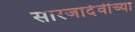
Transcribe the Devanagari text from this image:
सारजादेवीच्या